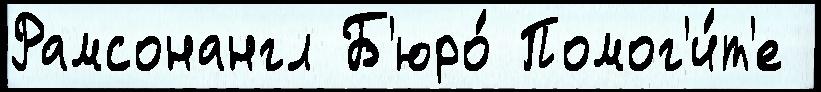
Рамсонангл Б'юро́ Помог'и́т'е